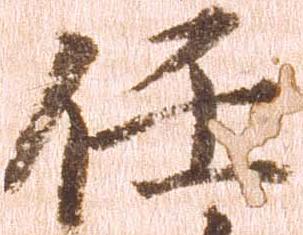
任